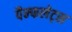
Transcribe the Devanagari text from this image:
पैम्फलेट्स